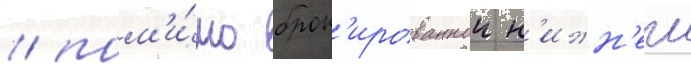
/ пом'и́мо брон'ированнои н'ижн'еи